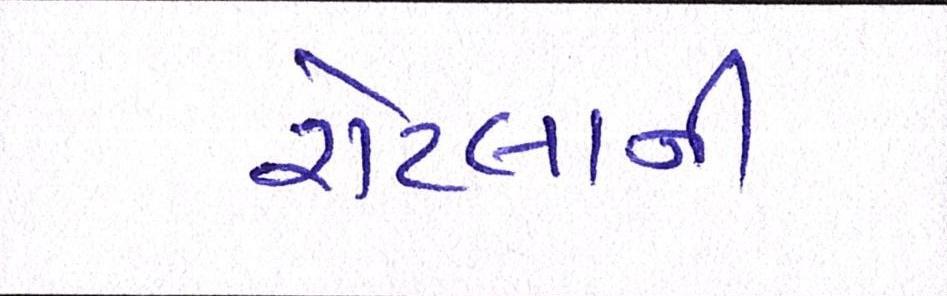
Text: રોટલાની